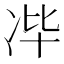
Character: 𰃻